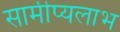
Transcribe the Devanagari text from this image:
सामीप्यलाभ